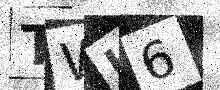
Text: TWH6